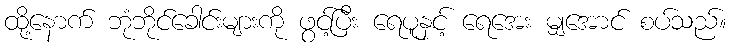
ထို့နောက် ဘုံဘိုင်ခေါင်းများကို ဖွင့်ပြီး ရေပူနှင့် ရေအေး မျှအောင် စပ်သည်။